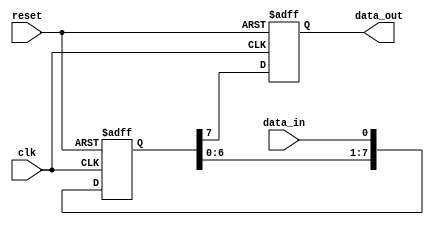
module shift_register (
  input clk,
  input reset,
  input data_in,
  output reg data_out
);

reg [7:0] reg_data;

always @(posedge clk or posedge reset) begin
  if (reset) begin
    reg_data <= 8'b0;
    data_out <= 1'b0;
  end else begin
    reg_data <= {reg_data[6:0], data_in};
    data_out <= reg_data[7];
  end
end

endmodule